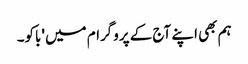
ہم بھی اپنے آج کے پروگرام میں 'باکو۔